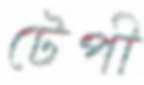
টেপী